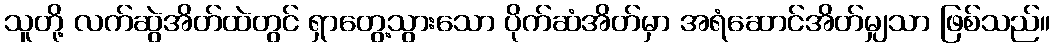
သူတို့ လက်ဆွဲအိတ်ထဲတွင် ရှာတွေ့သွားသော ပိုက်ဆံအိတ်မှာ အရံဆောင်အိတ်မျှသာ ဖြစ်သည်။